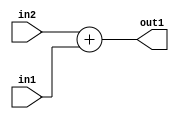
`timescale 1ps / 1ps
/*****************************************************************************
    Verilog RTL Description
    
    
    Created by: CellMath Designer 2019.1.01 
*******************************************************************************/

module float2fix_Add_32Sx1U_32S_1 (
	in2,
	in1,
	out1
	); /* architecture "behavioural" */ 
input [31:0] in2;
input  in1;
output [31:0] out1;
wire [31:0] asc001;

assign asc001 = 
	+(in2)
	+(in1);

assign out1 = asc001;
endmodule

/* CADENCE  urn5SAA= : u9/ySgnWtBlWxVPRXgAZ4Og= ** DO NOT EDIT THIS LINE ******/